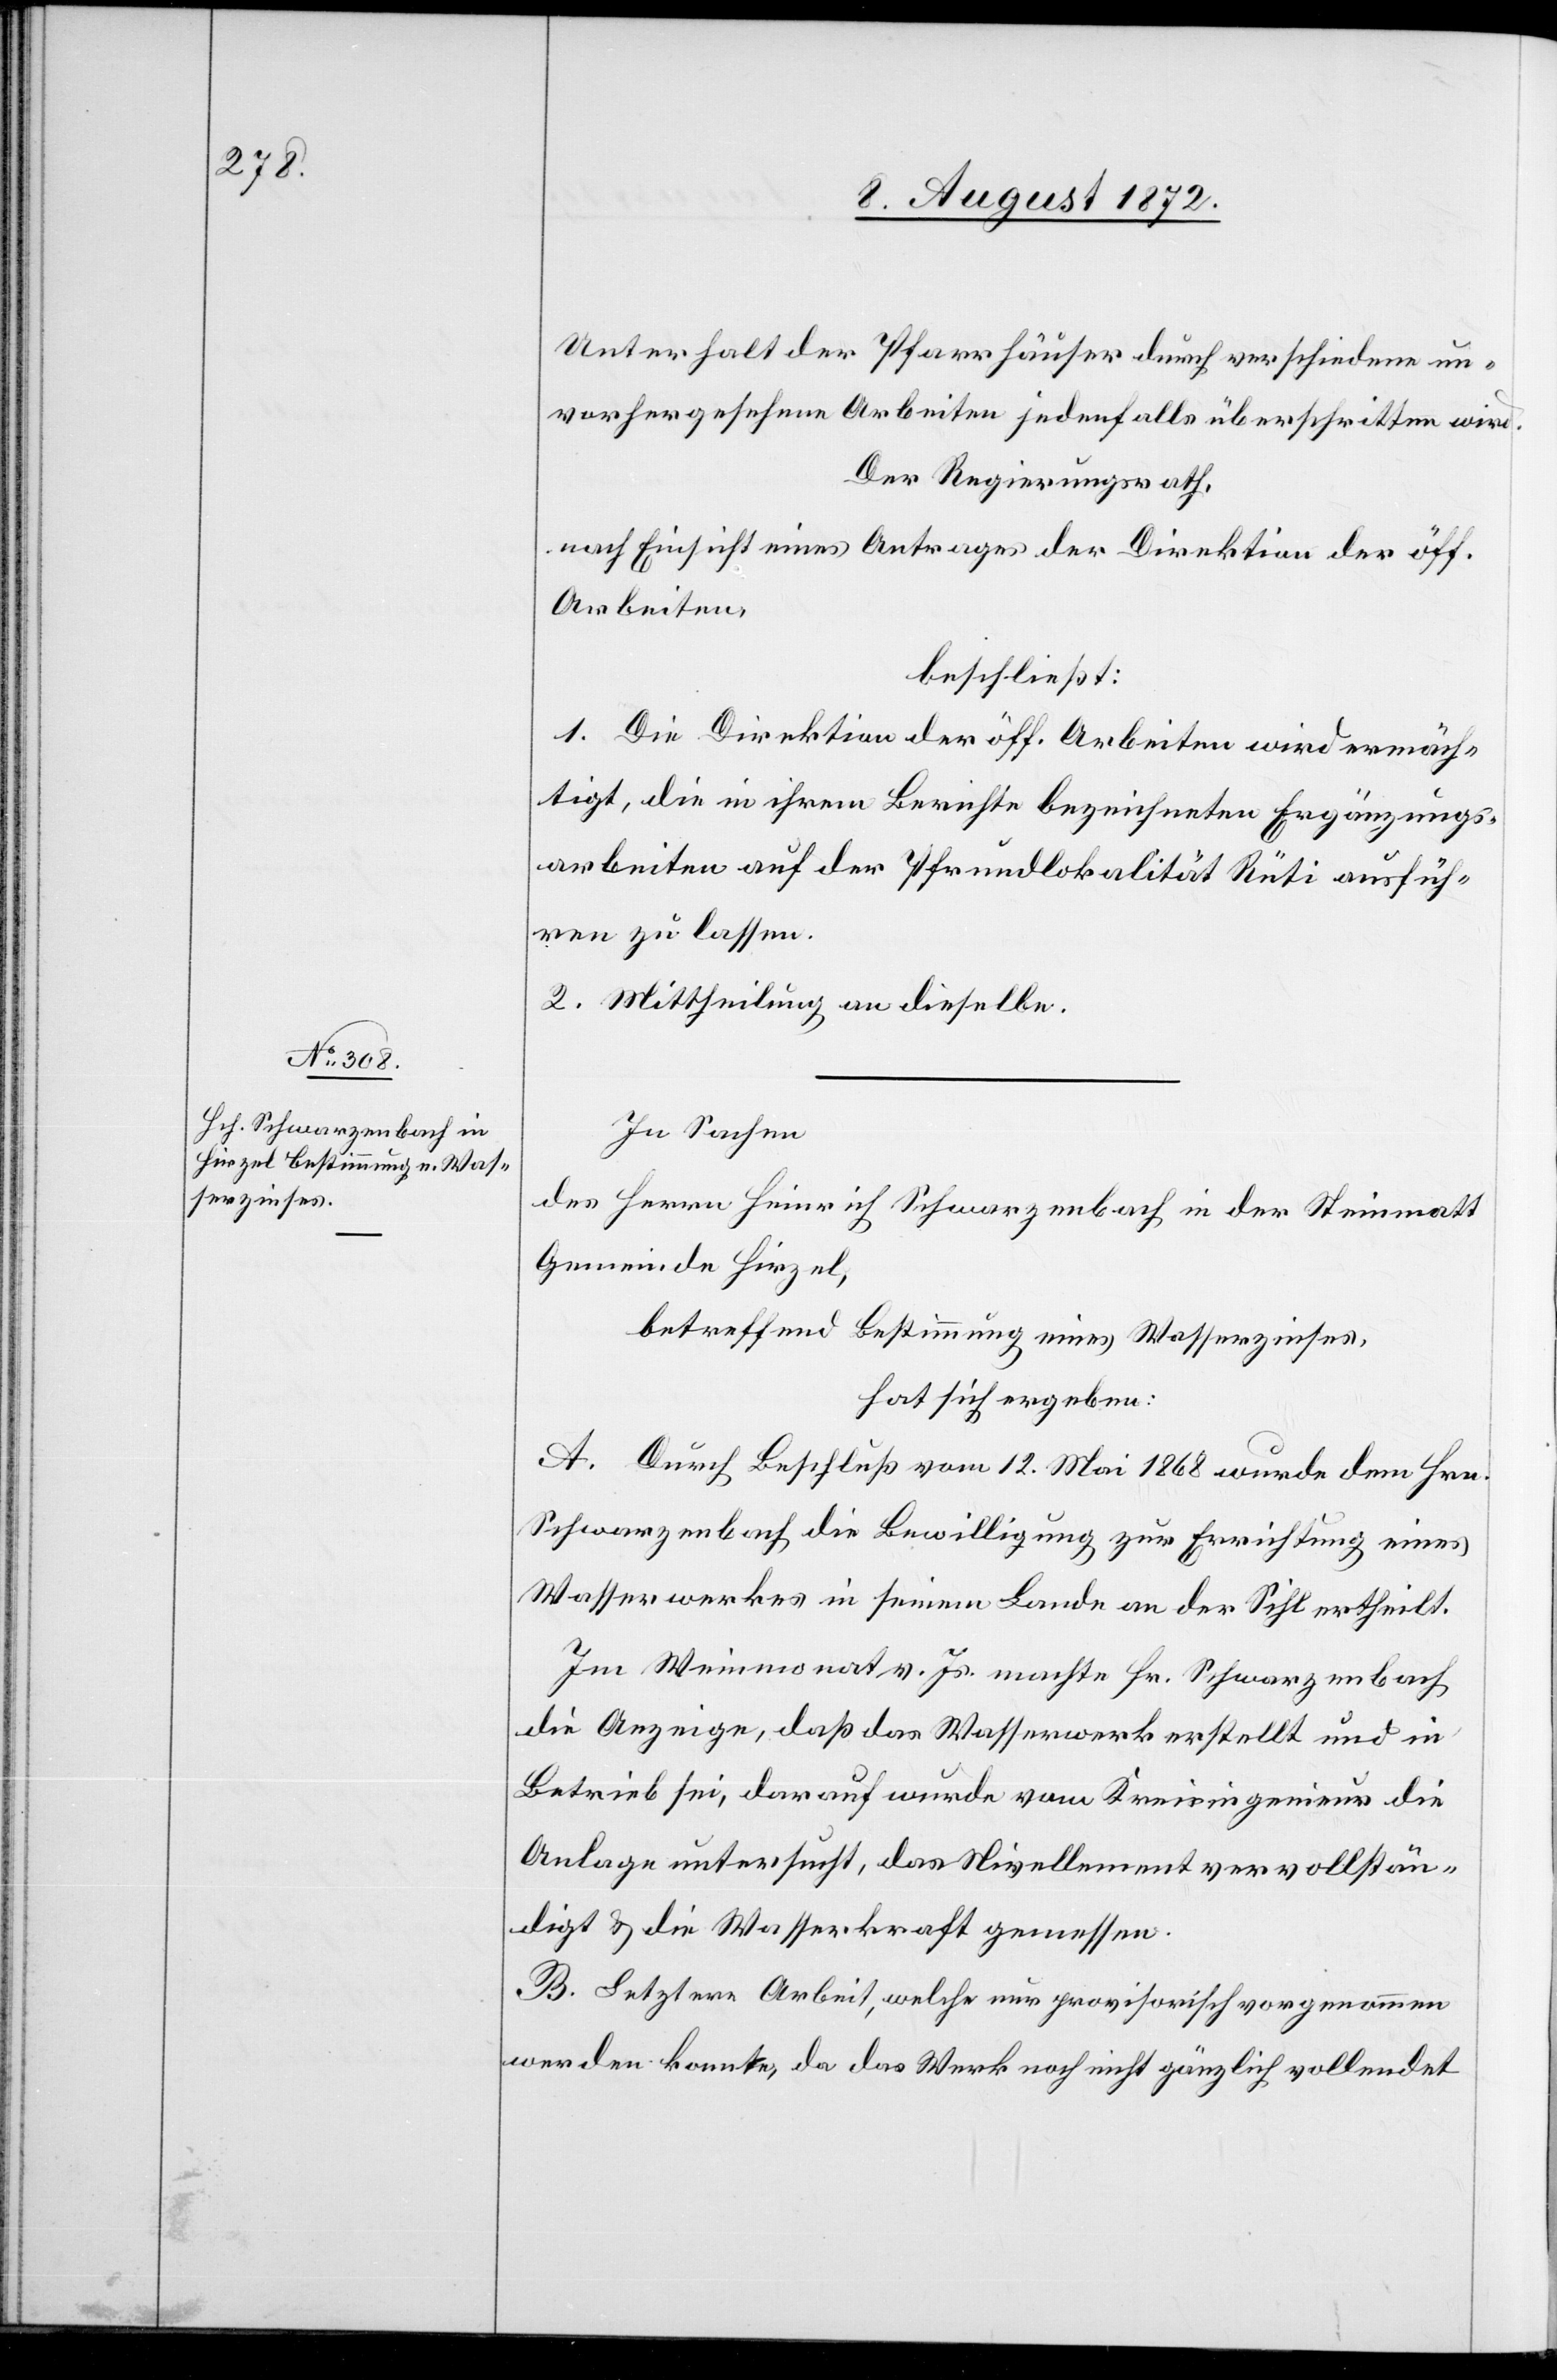
Unterhalt der Pfarrhäuser durch verschiedene un¬
vorhergesehene Arbeiten jedenfalls überschritten wird.
Der Regierungsrath,
nach Einsicht eines Antrages der Direktion der öff.
Arbeiten,
beschließt:
1. Die Direktion der öff. Arbeiten wird ermäch¬
tigt, die in ihrem Berichte bezeichneten Ergänzungs¬
arbeiten auf der Pfrundlokalität Rüti ausfüh¬
ren zu lassen.
2. Mittheilung an dieselbe.
In Sachen
des Herrn Heinrich Schwarzenbach in der Steinmatt
Gemeinde Hirzel,
betreffend Bestimmung eines Wasserzinses,
hat sich ergeben:
A. Durch Beschluß vom 12. Mai 1868 wurde dem Hrn.
Schwarzenbach die Bewilligung zur Errichtung eines
Wasserwerkes in seinem Lande an der Sihl ertheilt.
Im Weinmonat v. Js. machte Hr. Schwarzenbach
die Anzeige, daß das Wasserwerk erstellt und in
Betrieb sei, darauf wurde vom Kreisingenieur die
Anlage untersucht, das Nivellement vervollstän¬
digt u. die Wasserkraft gemessen.
B. Letztere Arbeit, welche nur provisorisch vorgenommen
werden konnte, da das Werk noch nicht gänzlich vollendet